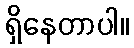
ရှိနေတာပါ။